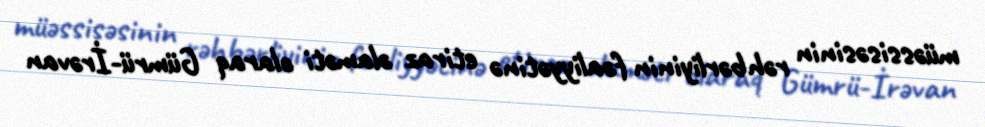
müəssisəsinin rəhbərliyinin fəaliyyətinə etiraz əlaməti olaraq Gümrü-İrəvan